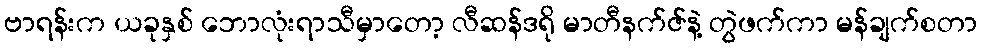
ဗာရန်းက ယခုနှစ် ဘောလုံးရာသီမှာတော့ လီဆန်ဒရို မာတီနက်ဇ်နဲ့ တွဲဖက်ကာ မန်ချက်စတာ